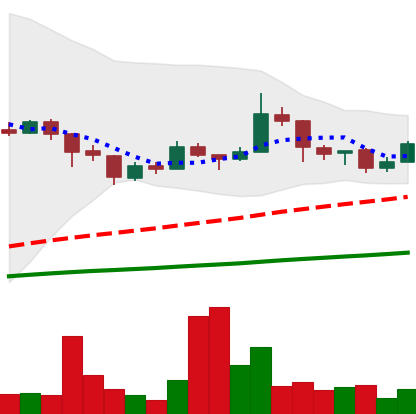
Ticker: LTC-USD
Chart end date: 2018-01-13
Forward return: -25.601%
Label: down_7plus